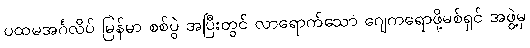
ပထမအင်္ဂလိပ် မြန်မာ စစ်ပွဲ အပြီးတွင် လာရောက်သော ဂျေကရောဖို့မစ်ရှင် အဖွဲ့မှ